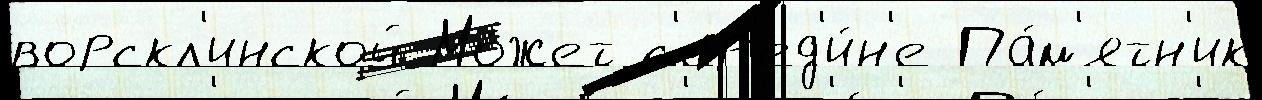
ворскл'инской Мо́жет с'ер'ед'и́н'е Па́м'ятн'ик